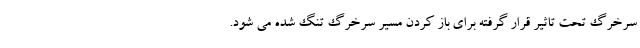
سرخرگ تحت تاثیر قرار گرفته برای باز کردن مسیر سرخرگ تنگ شده می شود.